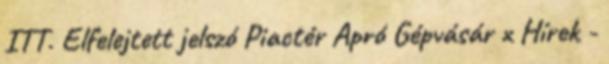
ITT. Elfelejtett jelszó Piactér Apró Gépvásár x Hírek -